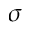
\boldsymbol { \sigma }